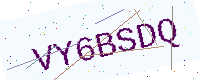
Text: VY6BSDQ